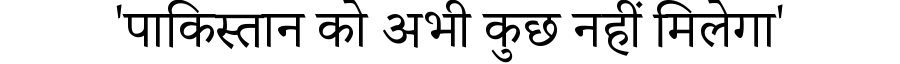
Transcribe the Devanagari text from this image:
'पाकिस्तान को अभी कुछ नहीं मिलेगा'